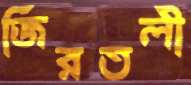
জিরতলী